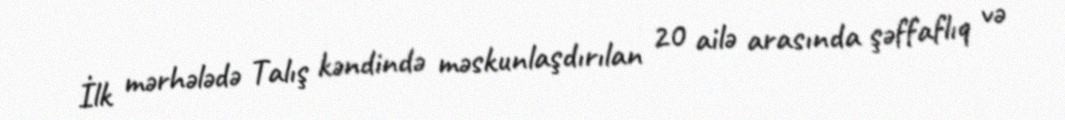
İlk mərhələdə Talış kəndində məskunlaşdırılan 20 ailə arasında şəffaflıq və